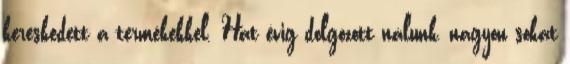
kereskedett a termékekkel. Hat évig dolgozott nálunk, nagyon sokat